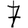
Digit: 7